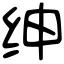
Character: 绅